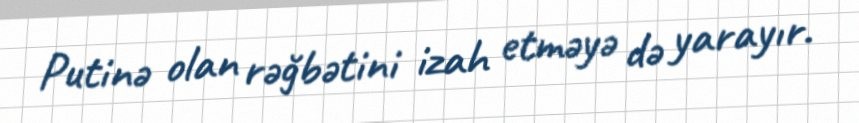
Putinə olan rəğbətini izah etməyə də yarayır.